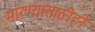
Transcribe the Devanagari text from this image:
मारण्यासाठीही